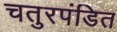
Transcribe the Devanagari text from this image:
चतुरपंडित